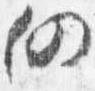
仍